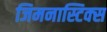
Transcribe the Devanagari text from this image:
जिमनास्टिक्‍स